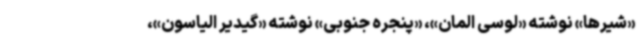
«شیرها» نوشته «لوسی المان»، «پنجره جنوبی» نوشته «گیدیر الیاسون»،